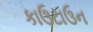
કાઉટાઉન